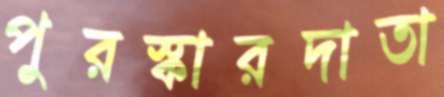
পুরস্কারদাতা